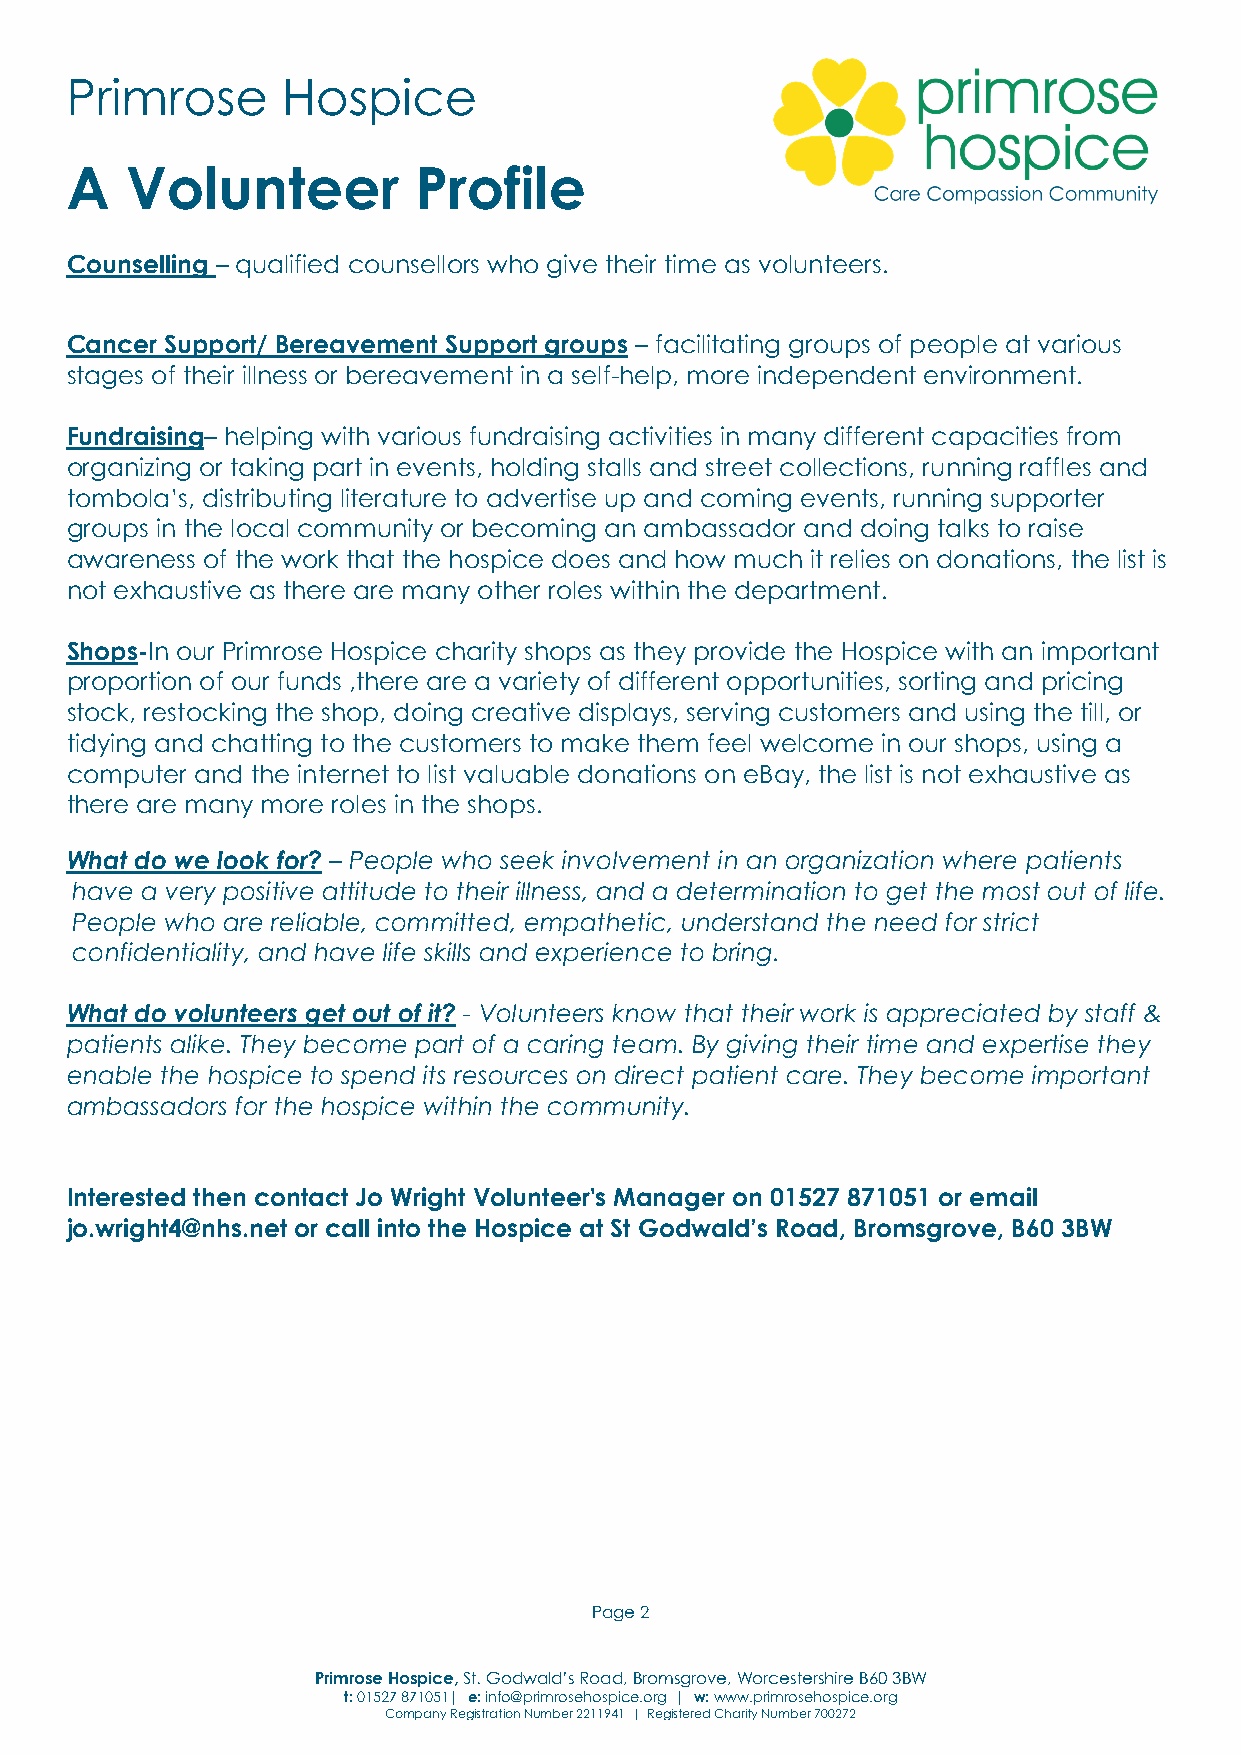
Primrose       Hospice
 A   Volunteer          Profile
 Counselling – qualified counsellors who give their time as volunteers.
 Cancer Support/ Bereavement Support groups – facilitating groups of people at various
 stages of their illness or bereavement in a self-help, more independent environment.
 Fundraising– helping with various fundraising activities in many different capacities from
 organizing or taking part in events, holding stalls and street collections, running raffles and
 tombola’s, distributing literature to advertise up and coming events, running supporter
 groups in the local community or becoming an ambassador and doing talks to raise
 awareness of the work that the hospice does and how much it relies on donations, the list is
 not exhaustive as there are many other roles within the department.
 Shops-In our Primrose Hospice charity shops as they provide the Hospice with an important
 proportion of our funds ,there are a variety of different opportunities, sorting and pricing
 stock, restocking the shop, doing creative displays, serving customers and using the till, or
 tidying and chatting to the customers to make them feel welcome in our shops, using a
 computer and the internet to list valuable donations on eBay, the list is not exhaustive as
 there are many more roles in the shops.
 What do we look for? – People who seek involvement in an organization where patients
 have a very positive attitude to their illness, and a determination to get the most out of life.
 People who are reliable, committed, empathetic, understand the need for strict
 confidentiality, and have life skills and experience to bring.
 What do volunteers get out of it? - Volunteers know that their work is appreciated by staff &
 patients alike. They become part of a caring team. By giving their time and expertise they
 enable the hospice to spend its resources on direct patient care. They become important
 ambassadors for the hospice within the community.
 Interested then contact Jo Wright Volunteer's Manager on 01527 871051 or email
 jo.wright4@nhs.net or call into the Hospice at St Godwald’s Road, Bromsgrove, B60 3BW
 Page 2
 Primrose Hospice, St. Godwald’s Road, Bromsgrove, Worcestershire B60 3BW
 t: 01527 871051| e: info@primrosehospice.org | w: www.primrosehospice.org
 Company Registration Number 2211941 | Registered Charity Number 700272